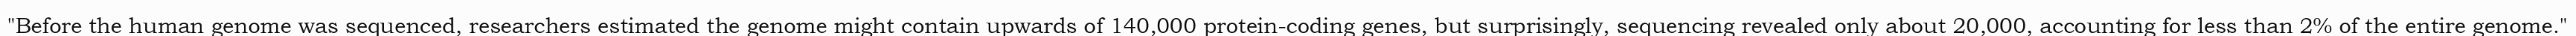
"Before the human genome was sequenced, researchers estimated the genome might contain upwards of 140,000 protein-coding genes, but surprisingly, sequencing revealed only about 20,000, accounting for less than 2% of the entire genome."